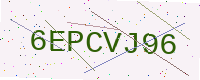
Text: 6EPCVJ96